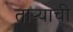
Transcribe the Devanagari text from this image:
ताऱ्‍याची